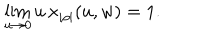
\lim _ { u \rightarrow 0 } u \, x _ { | \rho | } ( u , w ) = 1 .